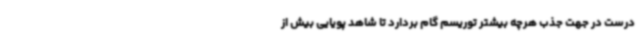
درست در جهت جذب هرچه بیشتر توریسم گام بردارد تا شاهد پویایی بیش از